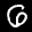
Label: 6